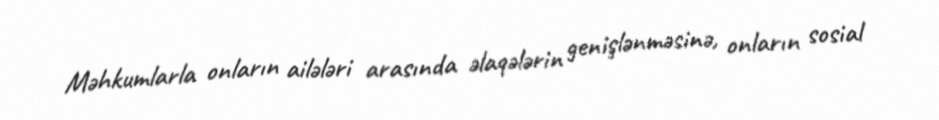
Məhkumlarla onların ailələri arasında əlaqələrin genişlənməsinə, onların sosial